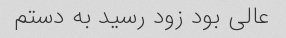
عالى بود زود رسید به دستم